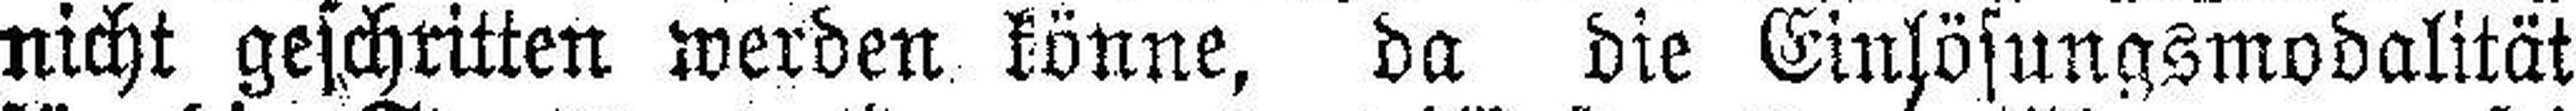
nicht geschritten werden könne, da die Einlösungsmodalität